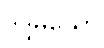
ဒုဒ္ဒမိယော